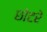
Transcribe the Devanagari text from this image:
छोटरे